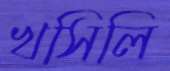
খসিলি